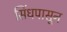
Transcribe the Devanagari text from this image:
सिंधपासून